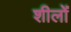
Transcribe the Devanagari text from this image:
शीलों